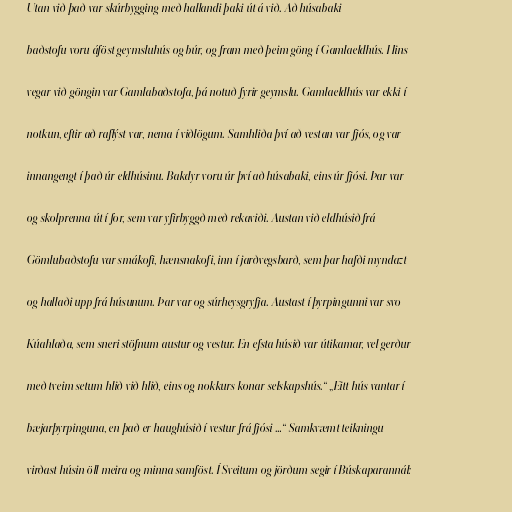
Utan við það var skúrbygging með hallandi þaki út á við. Að húsabaki

baðstofu voru áföst geymsluhús og búr, og fram með þeim göng í Gamlaeldhús. Hins

vegar við göngin var Gamlabaðstofa, þá notuð fyrir geymslu. Gamlaeldhús var ekki í

notkun, eftir að raflýst var, nema í viðlögum. Samhliða því að vestan var fjós, og var

innangengt í það úr eldhúsinu. Bakdyr voru úr því að húsabaki, eins úr fjósi. Þar var

og skolprenna út í for, sem var yfirbyggð með rekaviði. Austan við eldhúsið frá

Gömlubaðstofu var smákofi, hænsnakofi, inn í jarðvegsbarð, sem þar hafði myndazt

og hallaði upp frá húsunum. Þar var og súrheysgryfja. Austast í þyrpingunni var svo

Kúahlaða, sem sneri stöfnum austur og vestur. En efsta húsið var útikamar, vel gerður

með tveim setum hlið við hlið, eins og nokkurs konar selskapshús.“ „Eitt hús vantar í

bæjarþyrpinguna, en það er haughúsið í vestur frá fjósi …“ Samkvæmt teikningu

virðast húsin öll meira og minna samföst. Í Sveitum og jörðum segir í Búskaparannál: